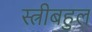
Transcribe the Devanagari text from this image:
स्त्रीबहुल